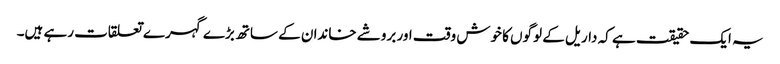
یہ ایک حقیقت ہے کہ داریل کے لوگوں کا خوش وقت اور بروشے خاندان کے ساتھ بڑے گہرے تعلقات رہے ہیں۔